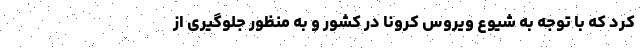
کرد که با توجه به شیوع ویروس کرونا در کشور و به منظور جلوگیری از